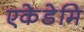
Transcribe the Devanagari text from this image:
एकेडेमि